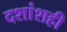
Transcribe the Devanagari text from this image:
दशांशही